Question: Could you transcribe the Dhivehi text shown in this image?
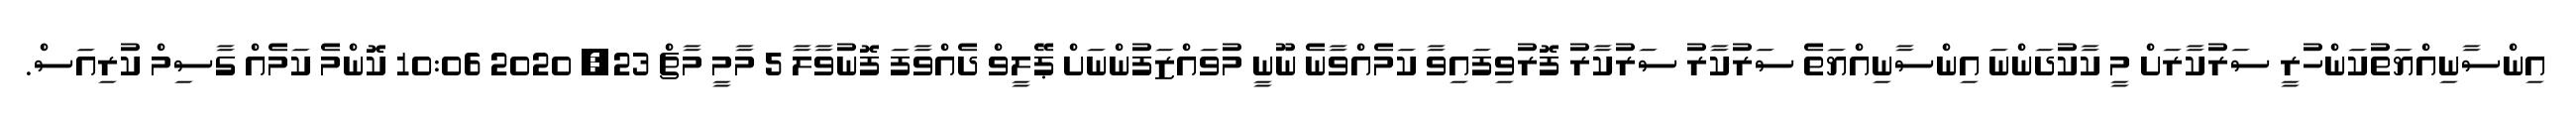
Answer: އިންސާނިއްޔަތުކަންހުރީ ސަރުކާރަށް މީ ކާކުދަންނަ އިންސާނިއްޔަތެ ސަރުކާރު ސަރުކާރު ފޮރުވިފައިވާ ކަމެއްވާނެ ނޫނީ މުވައްޒަފުންނަށް ޕޭލީވް ދެއްވާފަ ފޮނުވާލާ 5 މާމީ މާޗް 23, 2020 10:06 ކޮންމެ ކަމެއް ގާސިމް ކުރިއަސް.